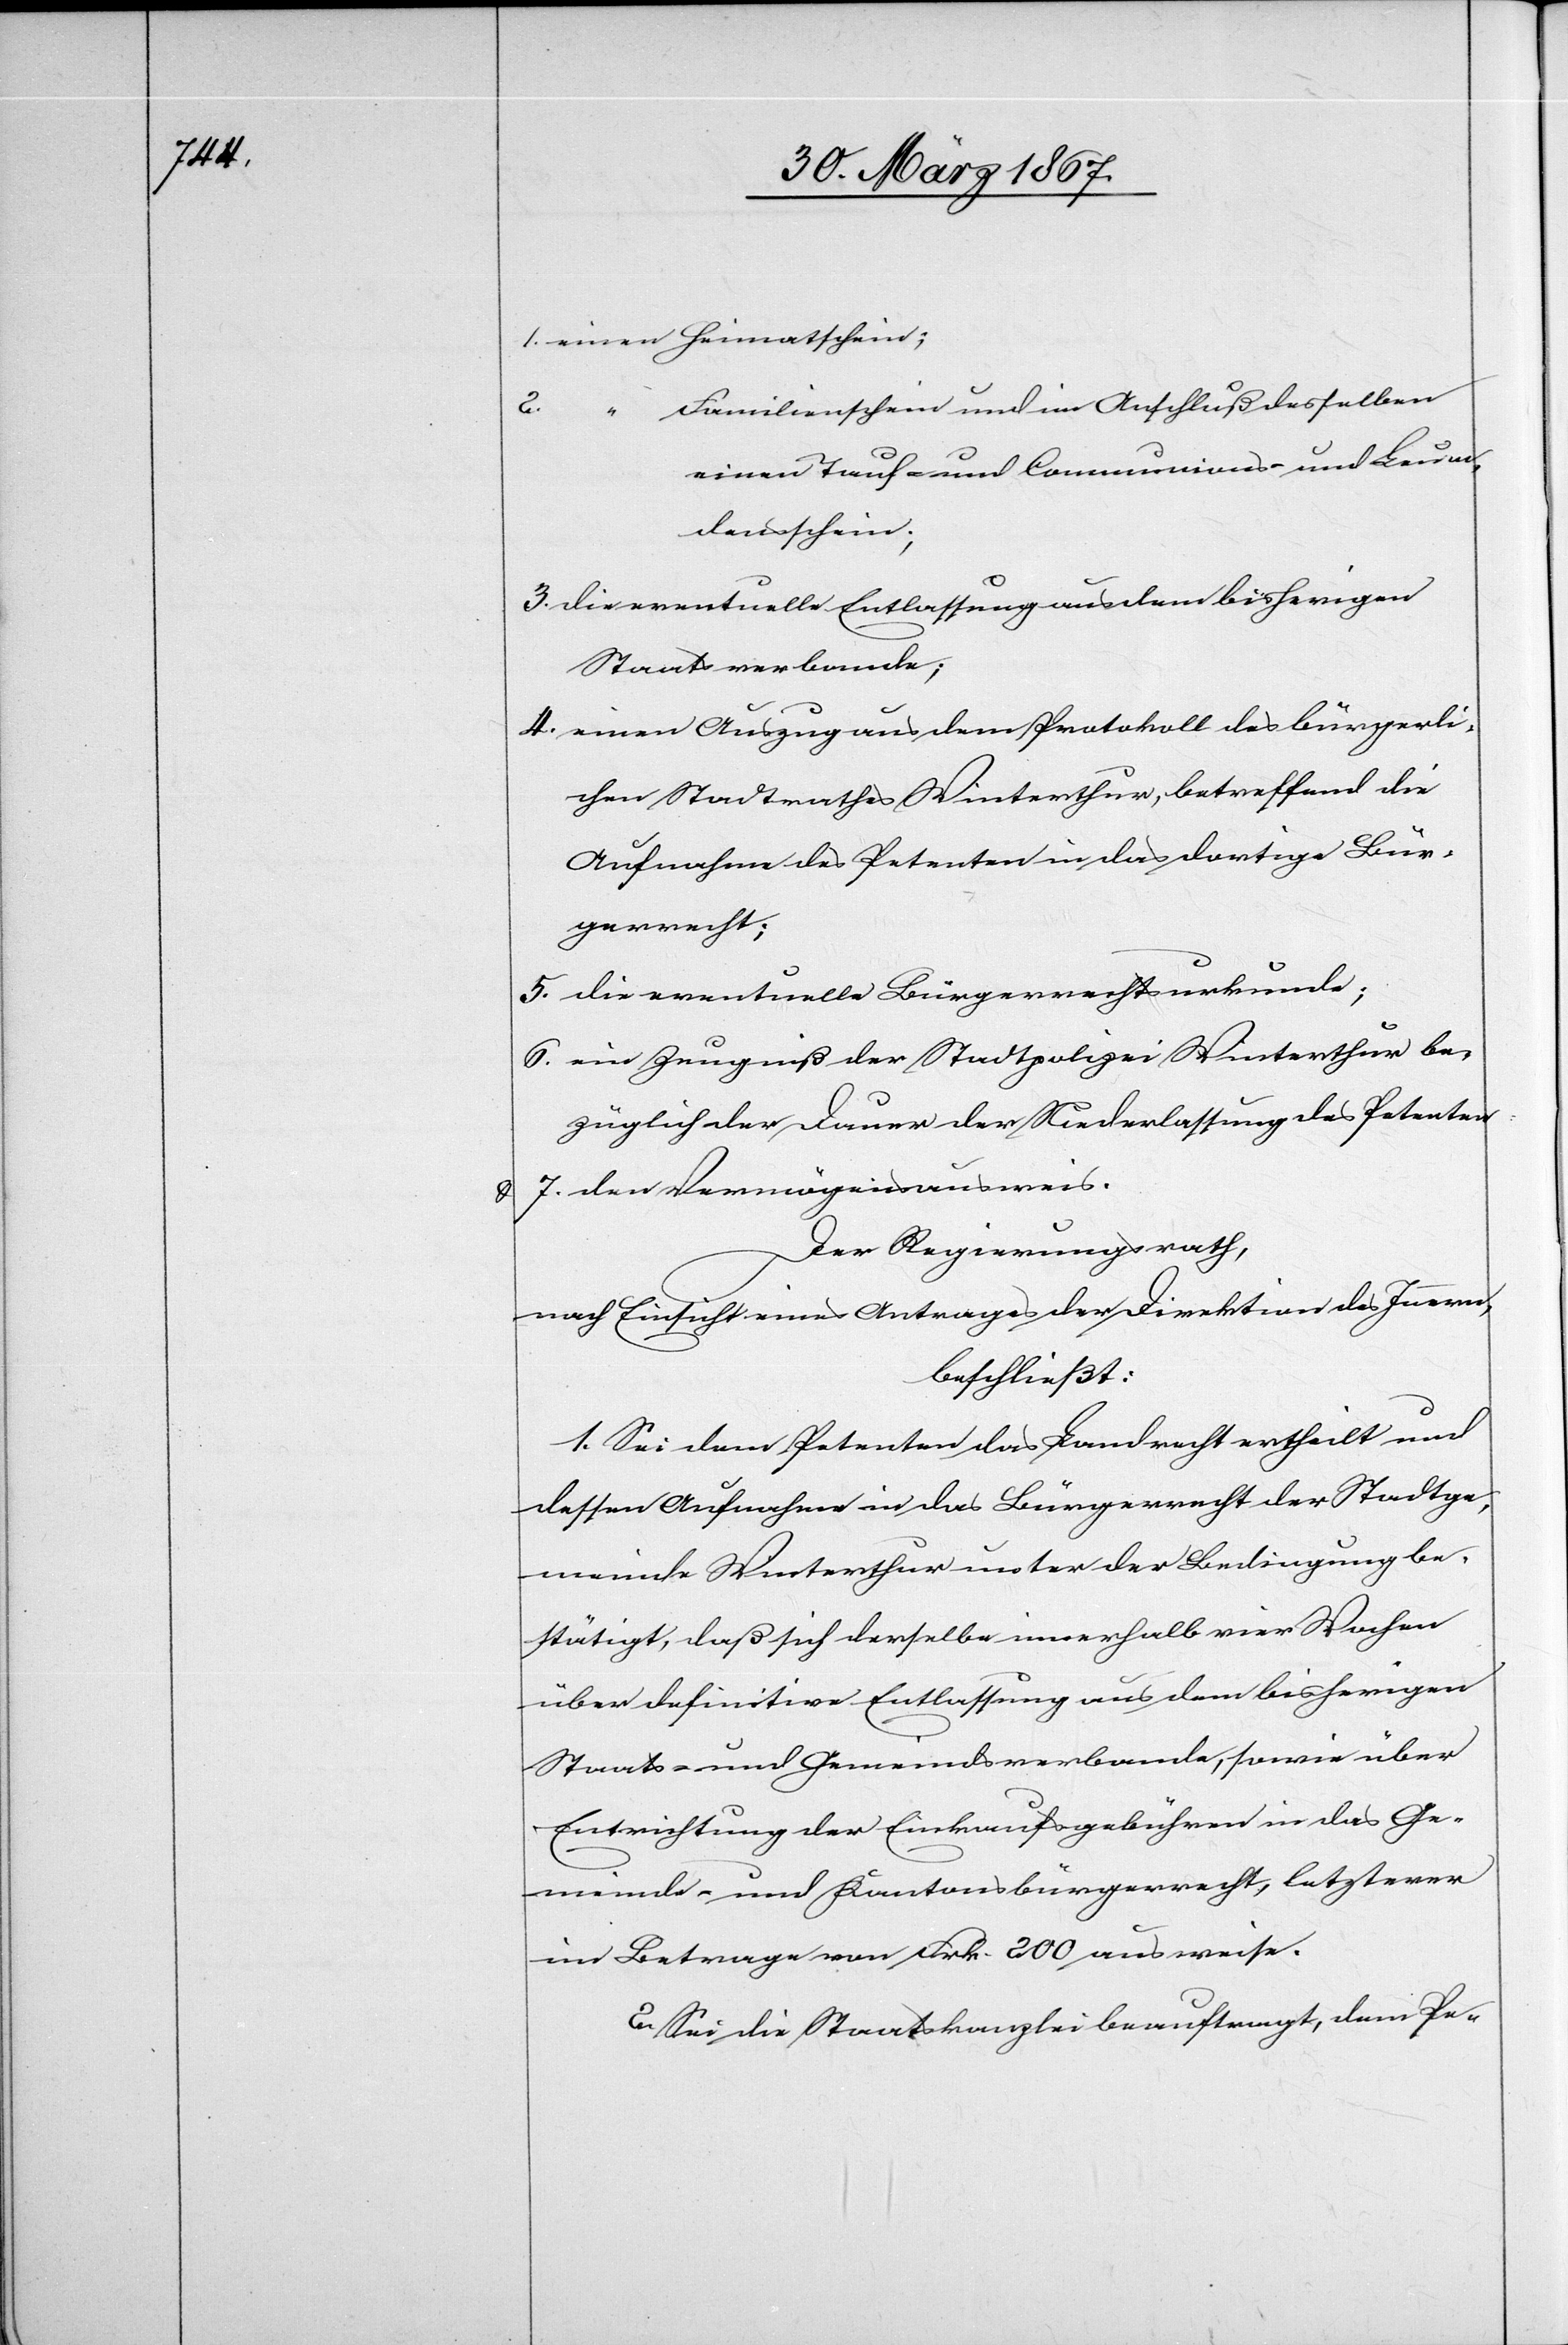
1.	einen Heimatschein;
Familienschein und im Anschluß desselben
einen Tauf- und Communions- und Leum¬
densschein;
3.		die eventuelle Entlassung aus dem bisherigen
Staatsverbande;
4.		einen Auszug aus dem Protokoll des bürgerli¬
chen Stadtrathes Winterthur, betreffend die
Aufnahme des Petenten in das dortige Bür¬
gerrecht;
5.			die eventuelle Bürgerrechtsurkunde;
6. 			ein Zeugniß der Stadtpolizei Winterthur be¬
züglich der Dauer der Niederlassung des Petenten
7.	den Vermögensausweis.
Der Regierungsrath,
nach Einsicht eines Antrages der Direktion des Innern,
beschließt:
1. Sei dem Petenten das Landrecht ertheilt und
dessen Aufnahme in das Bürgerrecht der Stadtge¬
meinde Winterthur unter der Bedingung be¬
stätigt, daß sich derselbe innerhalb vier Wochen
über definitive Entlassung aus dem bisherigen
Staats- und Gemeindsverbande, sowie über
Entrichtung der Einkaufsgebühren in das Ge¬
meinde- und Kantonsbürgerrecht, letzterer
im Betrage von Frk. 200 ausweise.
2. Sei die Staatskanzlei beauftragt, dem Pe-